King Institute of Preventive Medicine Micro-Biological Section reports 1909-11
Year: 1909
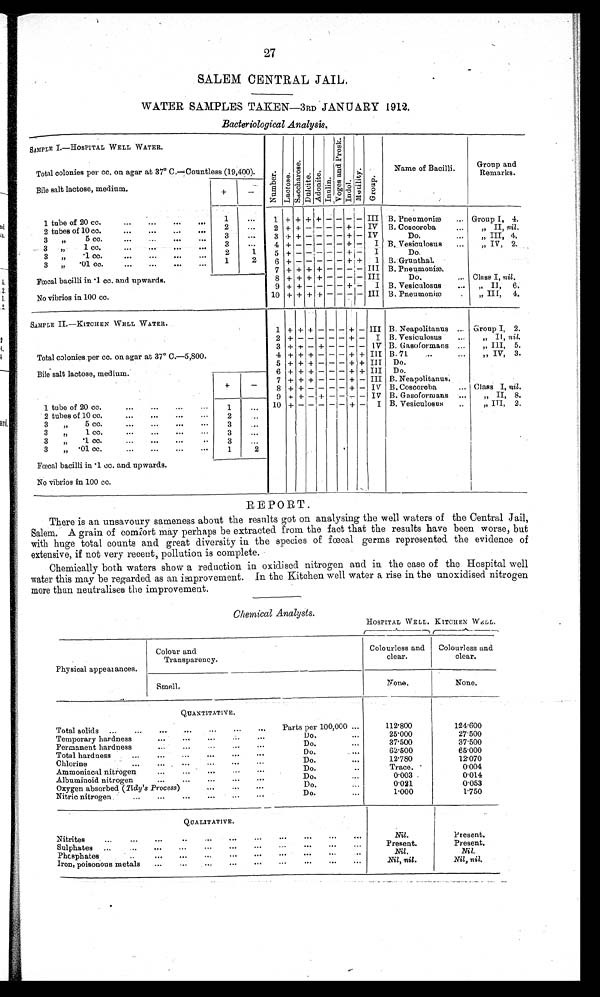
27
SALEM CENTRAL JAIL.
WATER SAMPLES TAKEN—3RD JANUARY 1912.
Bacteriological Analysis.
SAMPLE I.—HOSPITAL WELL WATER.
Number.Lactose.Saccharose.Dul ci t e.Adoni t e.Innulin.
V o g e s a n d P r o s k .
Indol.Motility.Group.
Name of Bacilli.
Group and
Remarks.
Total colonies per cc. on agar at 37° C.—Countless(19,400).
Bile salt lactose, medium
+
−
1 tube of 20 cc.
1
1 + + + + − − − − III B. Pneumoniæ.
Group I, 4.
2 tubes of 10 cc.
2
2 + + − − − − + − IV B. Coscoroba.
„ II, n i l .
3 „ 5 cc.
3
3 + + − − − − + − IV
Do.
„ III, 4.
3 „ 1 cc.
3
4 + − − − − − + −
I B. Vesiculosus
„ IV, 2.
3 „ .1 cc.
2
1
5 + − − − − − + −
I
Do.
3 „ .01 cc.
1
2
6 + −
− − − − + +
I B. Grunthal.
7 + + + + − − − − III B. Pneumoniæ
Fœcal bacilli in .1 cc. and upwards.
8 + + + + − − − − III
Do.
Class I, nil.
9 + + − − − − + −
I B. Vesiculosus.
„ II, 6.
No vibrios in 100 cc.
10 + + + + − − − − III B. Pneumoniæ
„ III, 4.
SAMPLE II.—KITCHEN WELL WATER.
1 + + + − − − + − III B. Neapolitanus.
Group I, 2.
2 + − − − − − + −
I B. Vesiculosus
„ II, nil.
3 + + − + − − − −
IV B. Gasoformans
„ III, 5.
Total colonies per cc. on agar at 37° C.—5,800.
4 + + + − − − + + III B. 71
„ IV, 3.
5 + + + − − − + + III Do.
Bile saltlactose, medium.
6 + + + − − − + + III Do.
7 + + + − − − + − III B. Neapolitanus.
+
−
8 + + − − − − + − IV B. Coscoroba
Class I, nil.
9 + + − + − − − − IV B. Gasoformans
„ II, 8.
1 tube of 20 cc.
1
10 + − − − − − − −
I B. Vesiculosus
„ III, 2.
2 tubes of 10 cc.
2
3 „ 5 cc.
3
3 „ 1 cc.
3
3 „ .1 cc.
3
3 „ .01
1
2
Fœcal bacilli in .1 cc. and. upwards.
No vibrios in 100 cc.
REPORT.
There is an unsavoury sameness about the results got on analysing the well waters of the Central Jail,
Salem. A grain of comfort may perhaps be extracted from the fact that the results have been worse, but
with huge total counts and great diversity in the species of fœcal germs represented the evidence of
extensive, if not very recent, pollution is complete.
Chemically both waters show a reduction in oxidised nitrogen and in the case of the Hospital well
water this may be regarded as an improvement. in the Kitchen well water a rise in the unoxidised nitrogen
more than neutralises the improvement.
Chemical Analysts.
HOSPITAL WELL. KITCHEN WELL.
Physical appearance.
Colour and
Transparency.
Colourless and
clear.
Colourless and
clear.
Smell.
None.
None.
QUANTITATIVE.
Total solids
Parts per 100,000
112.800
124.600
Temporary hardness
Do.
25.000
27.500
Permanent hardness
Do.
37.500
37.500
Total hardness
Do.
62.500
65.000
Chl or i ne
Do.
12.780
12.070
A m m o n i a c a l n i t r o g e n
D o .
T r a c e .
0.004
Albuminoid nitrogen
Do.
0 . 0 0 3
0.014
Oxygen absorbed ( T i d y ' s P r o c e s s )
Do.
0 . 0 2 1
0.053
Nitric nitrogen.
Do.
1 . 0 0 0
1.750
QUALITATIVE.
Nitrites
Nil.
Present.
Sulphates
Present.
Present.
Phosphates
Nil.
Nil.
Iron, poisonous metals
Nil, nil.
Nil, nil.